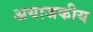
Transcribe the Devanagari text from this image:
अयाजकीय